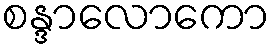
စန္ဒာလောကော